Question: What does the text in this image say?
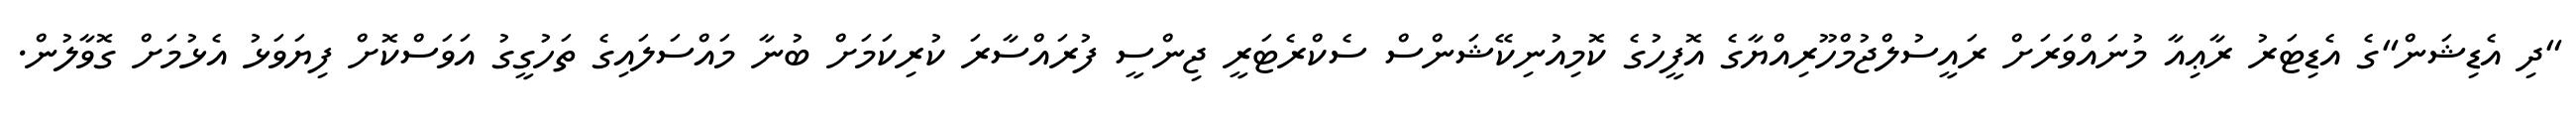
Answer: "ދި އެޑިޝަން"ގެ އެޑިޓަރު ރާޢިއާ މުނައްވަރަށް ރައީސުލްޖުމްހޫރިއްޔާގެ އޮފީހުގެ ކޮމިއުނިކޭޝަންސް ސެކްރެޓަރީ ޖިންސީ ފުރައްސާރަ ކުރިކަމަށް ބުނާ މައްސަލައިގެ ތަހުގީގު އަވަސްކޮށް ފިޔަވަޅު އެޅުމަށް ގޮވާލުން.